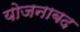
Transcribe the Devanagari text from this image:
योजनाबद